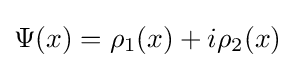
{\textstyle \Psi (x)=\rho _{1}(x)+i\rho _{2}(x)}